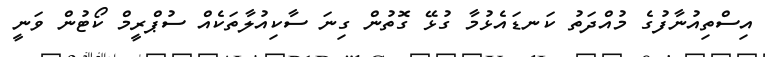
އިސްތިއުނާފުގެ މުއްދަތު ކަނޑައެޅުމާ ގުޅޭ ގޮތުން ގިނަ ސާކިއުލާތަކެއް ސުޕްރީމް ކޯޓުން ވަނީ